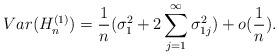
LaTeX: \begin{align*}Var(H^{(1)}_n) = \frac{1}{n}(\sigma^{2}_{1} +2\sum_{j=1}^{\infty}\sigma^2_{1j}) + o(\frac{1}{n}).\end{align*}